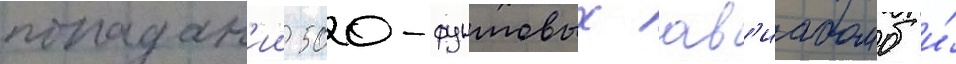
попадан'ии 500-фунтовых ав'иабомб и́